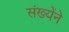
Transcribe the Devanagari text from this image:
संख्येंने